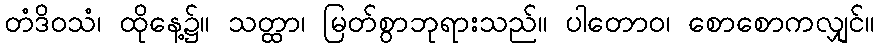
တံဒိဝသံ၊ ထိုနေ့၌။ သတ္ထာ၊ မြတ်စွာဘုရားသည်။ ပါတောဝ၊ စောစောကလျှင်။